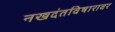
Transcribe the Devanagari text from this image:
नखदंतविषारावर